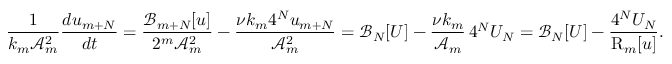
\frac { 1 } { k _ { m } \mathcal { A } _ { m } ^ { 2 } } \frac { d u _ { m + N } } { d t } = \frac { \mathcal { B } _ { m + N } [ u ] } { 2 ^ { m } \mathcal { A } _ { m } ^ { 2 } } - \frac { \nu k _ { m } 4 ^ { N } u _ { m + N } } { \mathcal { A } _ { m } ^ { 2 } } = \mathcal { B } _ { N } [ U ] - \frac { \nu k _ { m } } { \mathcal { A } _ { m } } \, 4 ^ { N } U _ { N } = \mathcal { B } _ { N } [ U ] - \frac { 4 ^ { N } U _ { N } } { \mathrm { R } _ { m } [ u ] } .